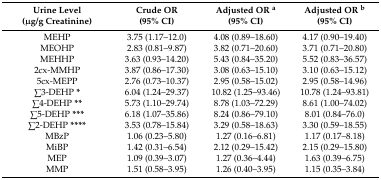
| Urine Level (μg/g Creatinine) | Crude OR (95% CI) | Adjusted OR a (95% CI) | Adjusted OR b (95% CI) |
 | --- | --- | --- | --- |
 | MEHP | 3.75 (1.17–12.0) | 4.08 (0.89–18.60) | 4.17 (0.90–19.40) |
 | MEOHP | 2.83 (0.81–9.87) | 3.82 (0.71–20.60) | 3.71 (0.71–20.80) |
 | MEHHP | 3.63 (0.93–14.20) | 5.43 (0.84–35.20) | 5.52 (0.83–36.57) |
 | 2cx-MMHP | 3.87 (0.86–17.30) | 3.08 (0.63–15.10) | 3.10 (0.63–15.12) |
 | 5cx-MEPP | 2.76 (0.73–10.37) | 2.95 (0.58–15.02) | 2.95 (0.58–14.96) |
 | ∑3-DEHP * | 6.04 (1.24–29.37) | 10.82 (1.25–93.46) | 10.78 (1.24–93.81) |
 | ∑4-DEHP ** | 5.73 (1.10–29.74) | 8.78 (1.03–72.29) | 8.61 (1.00–74.02) |
 | ∑5-DEHP *** | 6.18 (1.07–35.86) | 8.24 (0.86–79.10) | 8.01 (0.84–76.0) |
 | ∑2-DEHP **** | 3.53 (0.78–15.84) | 3.29 (0.58–18.63) | 3.30 (0.59–18.55) |
 | MBzP | 1.06 (0.23–5.80) | 1.27 (0.16–6.81) | 1.17 (0.17–8.18) |
 | MiBP | 1.42 (0.31–6.54) | 2.12 (0.29–15.42) | 2.15 (0.29–15.80) |
 | MEP | 1.09 (0.39–3.07) | 1.27 (0.36–4.44) | 1.63 (0.39–6.75) |
 | MMP | 1.51 (0.58–3.95) | 1.26 (0.40–3.95) | 1.15 (0.35–3.84) |